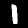
Digit: 1